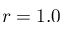
r = 1 . 0